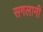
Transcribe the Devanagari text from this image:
सगलानी